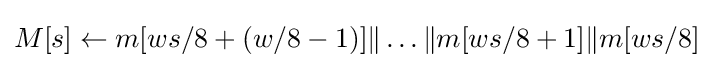
M[s]\leftarrow m[ws/8+(w/8-1)]\|\ldots \|m[ws/8+1]\|m[ws/8]